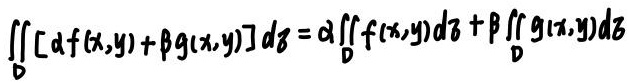
\[ \iint_{D} [\alpha f(x,y) + \beta g(x,y)] d\sigma = \alpha \iint_{D} f(x,y) d\sigma + \beta \iint_{D} g(x,y) d\sigma \]